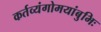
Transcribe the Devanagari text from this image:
कर्तव्यंगोमयांबुभिः